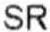
SR